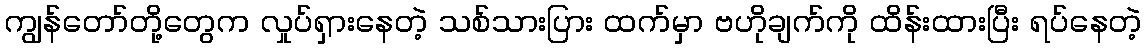
ကျွန်တော်တို့တွေက လှုပ်ရှားနေတဲ့ သစ်သားပြား ထက်မှာ ဗဟိုချက်ကို ထိန်းထားပြီး ရပ်နေတဲ့